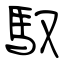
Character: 馭